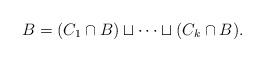
LaTeX: \begin{align*}B = (C_1 \cap B) \sqcup \cdots \sqcup (C_k \cap B).\end{align*}